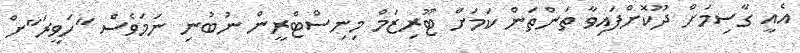
އެއީ ގާސިމަށް ދޫކޮށްފައިވާ ތަންތަން ކަމަށް ޓޫރިޒަމް މިނިސްޓްރީން ނުބުނި ނަމަވެސް "ހަވީރަ"ށް